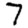
Digit: 7